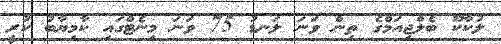
ލުކާކޫ ބެލްޖިއަމްގެ ތިން ވަނަ ލަނޑު 75 ވަނަ މިނެޓްގައި ކާމިޔާބު ކުރީ